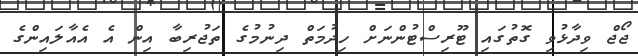
ޖޯޖް ވިދާޅުވި ގޮތުގައި ޓޫރިސްޓުންނަށް ހިދުމަތް ދިނުމުގެ ތަޖުރިބާ އިން އެ އެއާލައިންގެ